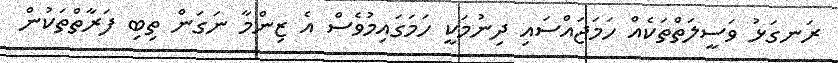
ރަނގަޅު ވަސީލަތްތަކެއް ހަމަޖައްސައި ދިނުމަކީ ހަމަގައިމުވެސް އެ ޒިންމާ ނަގަން ތިބި ފަރާތްތަކުން